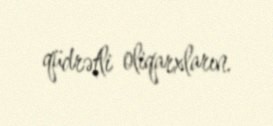
qüdrətli oliqarxların.